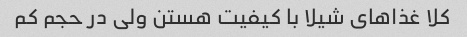
کلا غذاهای شیلا با کیفیت هستن ولی در حجم کم